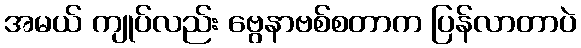
အမယ် ကျုပ်လည်း ဗွေနာဗစ်စတာက ပြန်လာတာပဲ